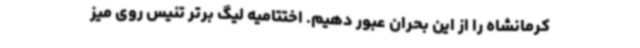
کرمانشاه را از این بحران عبور دهیم. اختتامیه لیگ برتر تنیس روی میز